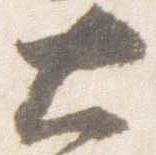
大